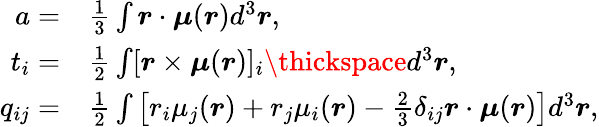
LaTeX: \begin{array}{rl}{a=}&{\frac{1}{3}\int\boldsymbol{r}\cdot\boldsymbol{\mu}(\boldsymbol{r})d^{3}\boldsymbol{r},}\\ {t_{i}=}&{\frac{1}{2}\int[\boldsymbol{r}\times\boldsymbol{\mu}(\boldsymbol{r})]_{i}\thickspace d^{3}\boldsymbol{r},}\\ {q_{ij}=}&{\frac{1}{2}\int\big[r_{i}\mu_{j}(\boldsymbol{r})+r_{j}\mu_{i}(\boldsymbol{r})-\frac{2}{3}\delta_{ij}\boldsymbol{r}\cdot\boldsymbol{\mu}(\boldsymbol{r})\big]d^{3}\boldsymbol{r},}\end{array}